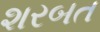
શરબત